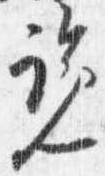
覧